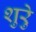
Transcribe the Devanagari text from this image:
शुरेु